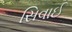
સિવાઈ